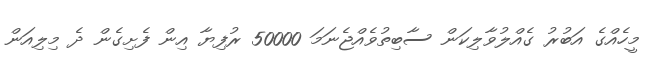
މީހެއްގެ އަބުރު ގެއްލުވާލިކަން ސާބިތުވެއްޖެނަމަ 50000 ރުފިޔާ އިން ފެށިގެން ދެ މިލިއަން